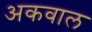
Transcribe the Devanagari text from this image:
अकवाल